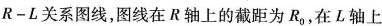
R-L关系图线，图线在R轴上的截距为R_{0}，在L轴上